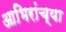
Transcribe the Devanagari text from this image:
आभिरांच्या